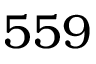
5 5 9